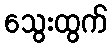
သွေးထွက်